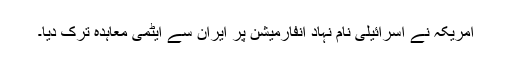
امریکہ نے اسرائیلی نام نہاد انفارمیشن پر ایران سے ایٹمی معاہدہ ترک دیا۔